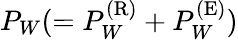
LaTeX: P_{W}(=P_{W}^{(\mathrm{{R}})}+P_{W}^{(\mathrm{{E}})})